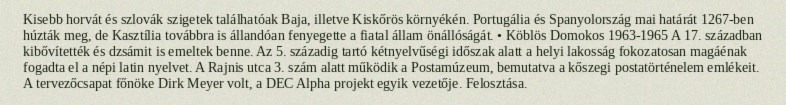
Kisebb horvát és szlovák szigetek találhatóak Baja, illetve Kiskőrös környékén. Portugália és Spanyolország mai határát 1267-ben húzták meg, de Kasztília továbbra is állandóan fenyegette a fiatal állam önállóságát. • Köblös Domokos 1963-1965 A 17. században kibővítették és dzsámit is emeltek benne. Az 5. századig tartó kétnyelvűségi időszak alatt a helyi lakosság fokozatosan magáénak fogadta el a népi latin nyelvet. A Rajnis utca 3. szám alatt működik a Postamúzeum, bemutatva a kőszegi postatörténelem emlékeit. A tervezőcsapat főnöke Dirk Meyer volt, a DEC Alpha projekt egyik vezetője. Felosztása.